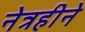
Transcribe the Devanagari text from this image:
नेत्रहीने